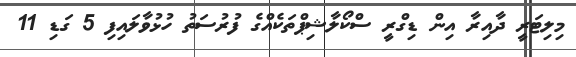
މިލިޓަރީ ދާއިރާ އިން ޑިގްރީ ސްކޯލާޝިޕްތަކެއްގެ ފުރުސަތު ހުޅުވާލައިފި 5 ގަޑި 11